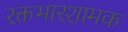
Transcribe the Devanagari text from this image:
रक्तभारशामक